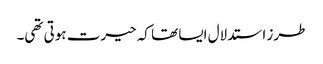
طرز استدلال ایسا تھا کہ حیرت ہوتی تھی۔